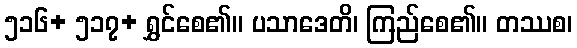
၅၁၆+ ၅၁၇+ ရွှင်စေ၏။ ပသာဒေတိ၊ ကြည်စေ၏။ တဿစ၊